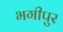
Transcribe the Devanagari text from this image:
भगीपुर